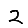
Digit: 2